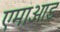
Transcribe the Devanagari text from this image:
एमाआइ